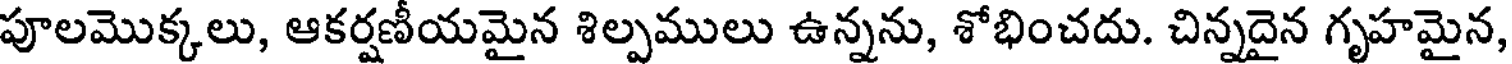
పూలమొక్కలు, ఆకర్షణీయమైన శిల్పములు ఉన్నను, శోభించదు. చిన్నదైన గృహమైన,